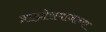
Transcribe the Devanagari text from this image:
ब्राह्मोसमाजाच्या